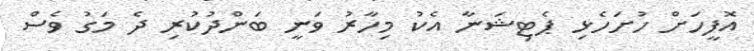
އޮފީހަށް ހުށަހެޅި ޕެޓިޝަނާ އެކު މިހާރު ވަނީ ބަންދުކުރި ދެ މަގު ވެސް